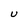
Character: U